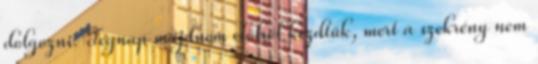
dolgozni. Tegnap majdnem elölről kezdtük, mert a szekrény nem